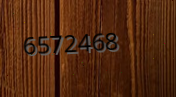
6572468